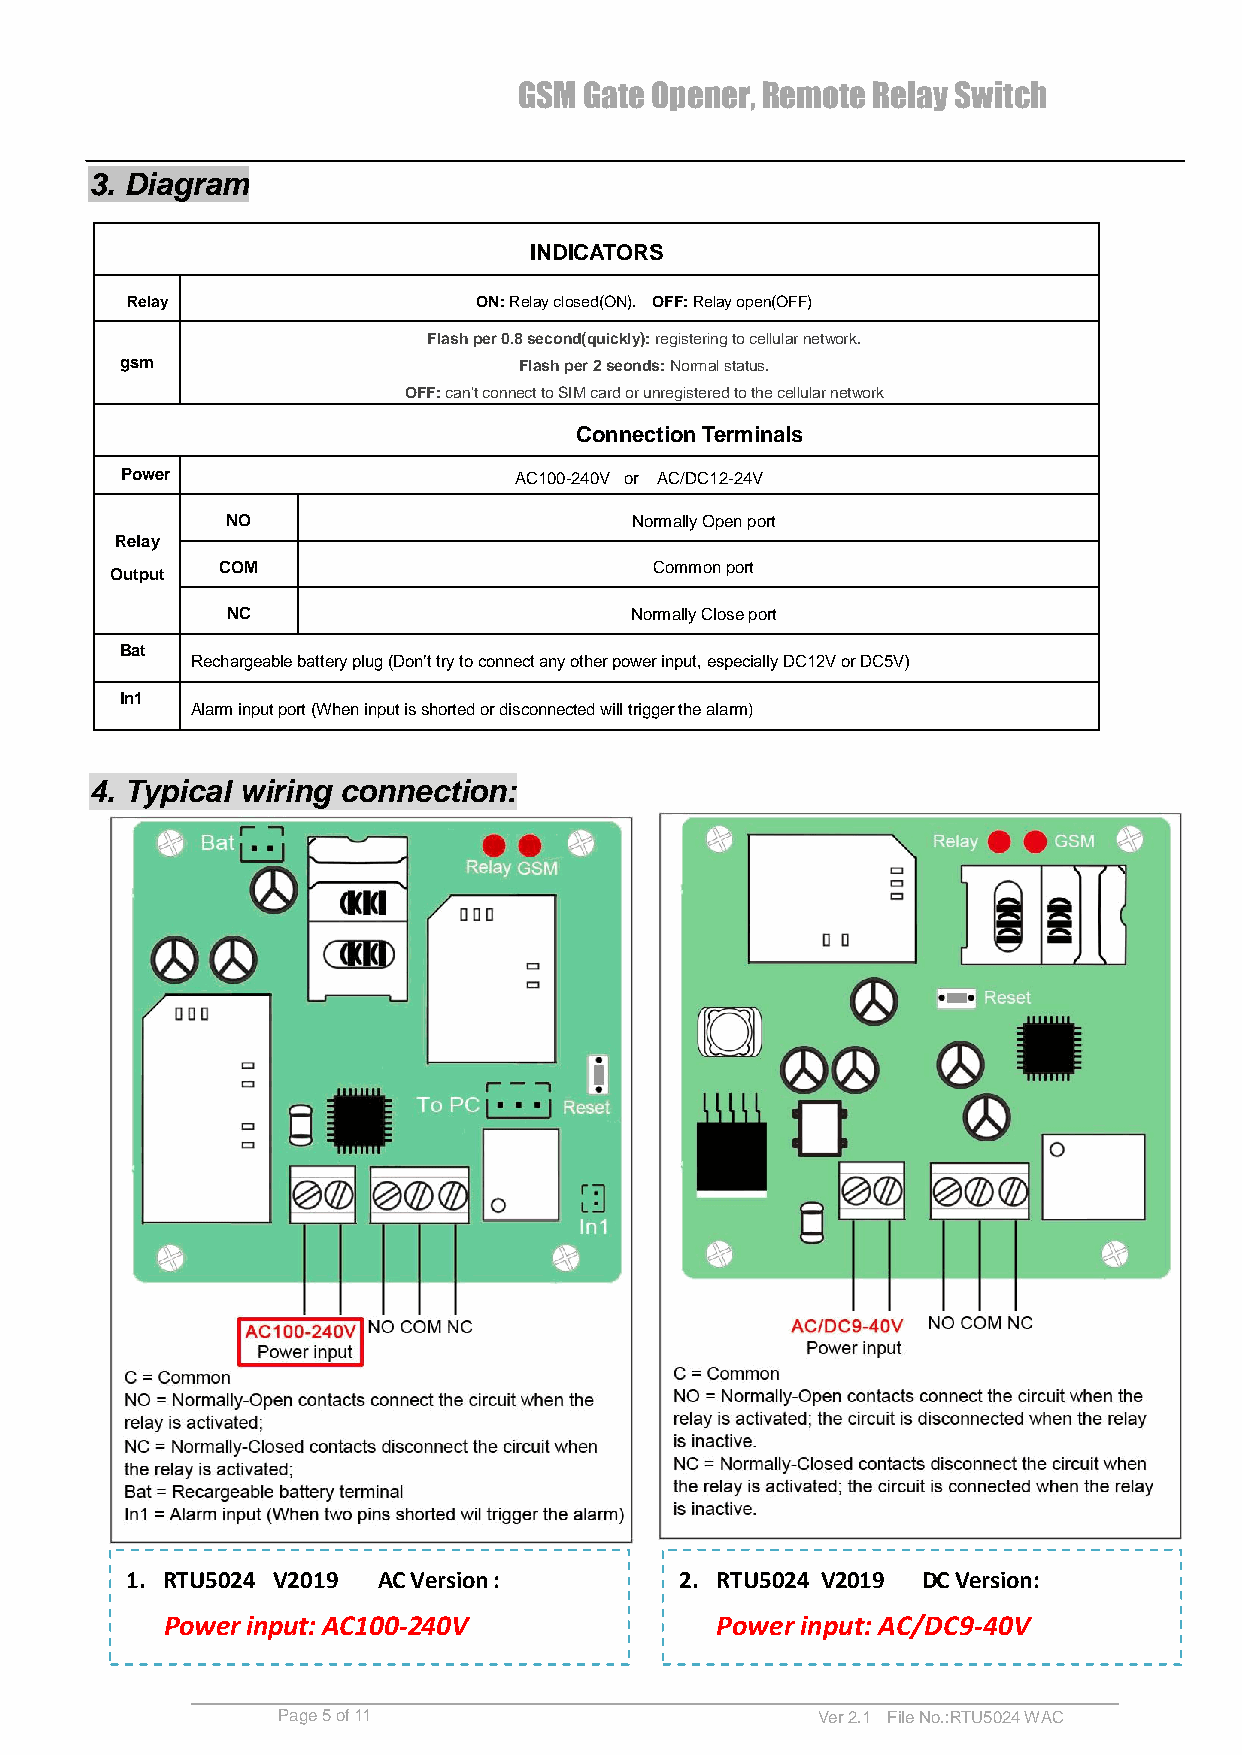
GSM  Gate Opener, Remote Relay Switch
 3. Diagram
 INDICATORS
 Relay                   ON: Relay closed(ON). OFF: Relay open(OFF)
 Flash per 0.8 second(quickly): registering to cellular network.
 gsm                       Flash per 2 seonds: Normal status.
 OFF: can’t connect to SIM card or unregistered to the cellular network
 Connection Terminals
 Power                     AC100-240V or AC/DC12-24V
 NO                         Normally Open port
 Relay
 COM                         Common port
 Output
 NC                         Normally Close port
 Bat
 Rechargeable battery plug (Don’t try to connect any other power input, especially DC12V or DC5V)
 In1
 Alarm input port (When input is shorted or disconnected will trigger the alarm)
 4. Typical wiring connection:
 1. RTU5024 V2019 AC Version :        2. RTU5024 V2019 DC Version:
 Power input: AC100-240V             Power input: AC/DC9-40V
 Page 5 of 11                        Ver 2.1 File No.:RTU5024 WAC